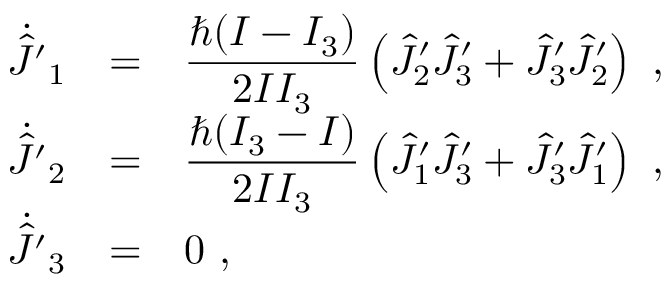
\begin{array} { r c l } { { \dot { \hat { J } ^ { \prime } } _ { 1 } } } & { { = } } & { { \displaystyle \frac { \hbar ( I - I _ { 3 } ) } { 2 I I _ { 3 } } \left( \hat { J } _ { 2 } ^ { \prime } \hat { J } _ { 3 } ^ { \prime } + \hat { J } _ { 3 } ^ { \prime } \hat { J } _ { 2 } ^ { \prime } \right) ~ , } } \\ { { \dot { \hat { J } ^ { \prime } } _ { 2 } } } & { { = } } & { { \displaystyle \frac { \hbar ( I _ { 3 } - I ) } { 2 I I _ { 3 } } \left( \hat { J } _ { 1 } ^ { \prime } \hat { J } _ { 3 } ^ { \prime } + \hat { J } _ { 3 } ^ { \prime } \hat { J } _ { 1 } ^ { \prime } \right) ~ , } } \\ { { \dot { \hat { J } ^ { \prime } } _ { 3 } } } & { { = } } & { { 0 ~ , } } \end{array}